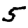
Digit: 5